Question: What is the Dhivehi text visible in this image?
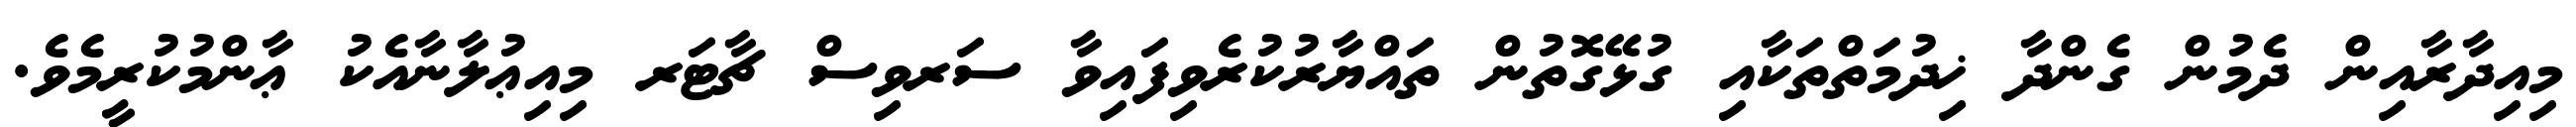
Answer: މިއިދާރާއިން ދެމުން ގެންދާ ޚިދުމަތްތަކާއި ގުޅޭގޮތުން ތައްޔާރުކުރެވިފައިވާ ސަރވިސް ޗާޓަރ މިއިޢުލާނާއެކު ޢާންމުކުރީމެވެ.